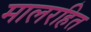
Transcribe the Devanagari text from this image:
मालरहित